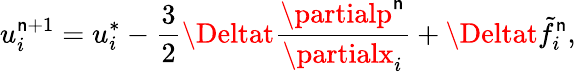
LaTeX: u_{i}^{\mathsf{n}+1}=u_{i}^{*}-\frac{{3}}{{2}}\Deltat\frac{{\partialp^{\mathsf{n}}}}{{\partialx_{i}}}+\Deltat\tilde{{f}}_{i}^{\mathsf{n}},